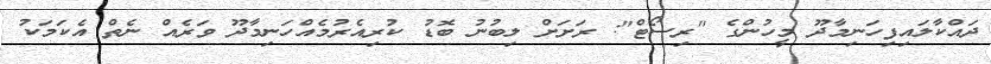
ދައްކާލައިފިހަނިމާދޫ މީހުންގެ "ރިސޯޓް": ރަށަށް ލިބުނު ބޮޑު ކުރިއެރުމެއްހަނިމާދޫ ވަރެއް ނެތް އެކަމަކު